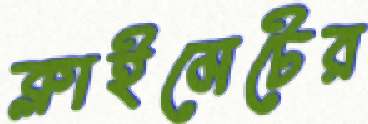
ক্লাইমেটের